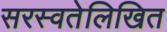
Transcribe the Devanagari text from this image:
सरस्वतेलिखित